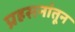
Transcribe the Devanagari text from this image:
प्रहसनांतून